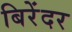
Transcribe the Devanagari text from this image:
बिरेंदर